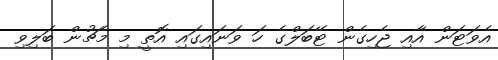
އެވަޓަން އާއި ޖެހިގެން ޓޭބަލްގެ ހަ ވަނައިގައި އޮތީ މި މެޗުން ބަލިވި